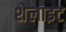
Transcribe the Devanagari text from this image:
शेलाइट